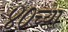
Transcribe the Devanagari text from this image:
४०च्या